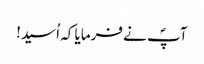
آپؐ نے فرمایا کہ اُسید!